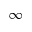
\infty